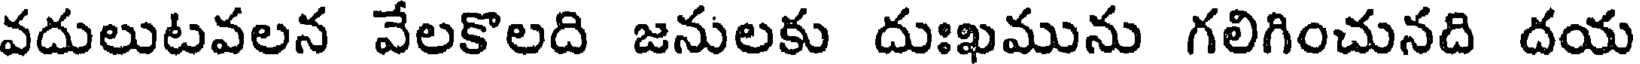
వదులుటవలన వేలకొలది జనులకు దుఃఖమును గలిగించునది దయ